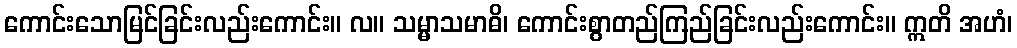
ကောင်းသောမြင်ခြင်းလည်းကောင်း။ လ။ သမ္မာသမာဓိ၊ ကောင်းစွာတည်ကြည်ခြင်းလည်းကောင်း။ ဣတိ အဟံ၊